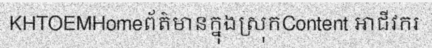
KHTOEMHomeព័ត៌មានក្នុងស្រុកContent អាជីវករ